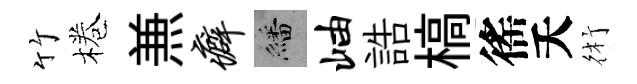
竹棬𠔥癖繙岫誥槁徭夭術